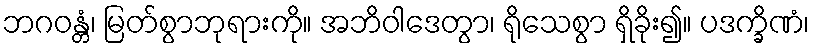
ဘဂဝန္တံ၊ မြတ်စွာဘုရားကို။ အဘိဝါဒေတွာ၊ ရိုသေစွာ ရှိခိုး၍။ ပဒက္ခိဏံ၊